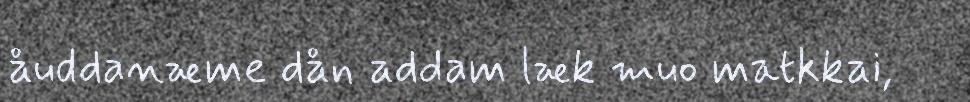
åuddanæme dån addam læk muo matkkai,